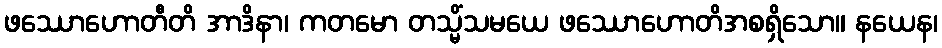
ဖဿောဟောတီတိ အာဒိနာ၊ ကတမော တသ္မိံသမယေ ဖဿောဟောတိအစရှိသော။ နယေန၊